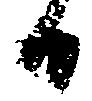
日